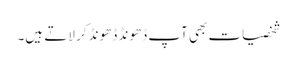
شخصیات بھی آپ ڈھونڈ ڈھونڈ کر لاتے ہیں۔